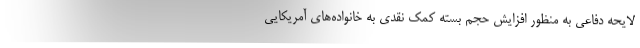
لایحه دفاعی به منظور افزایش حجم بسته کمک نقدی به خانواده‌های آمریکایی